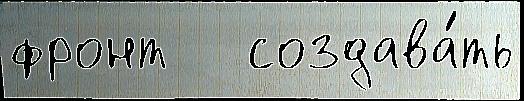
фронт   создава́ть